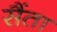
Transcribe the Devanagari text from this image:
सैंता